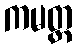
ကမတ္ထ